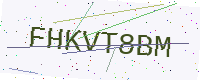
Text: FHKVT8BM